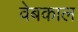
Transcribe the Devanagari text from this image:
वेबकाल